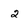
Character: 2